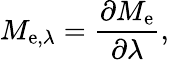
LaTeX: M_{\mathrm{e},\lambda}={\frac{\partial M_{\mathrm{e}}}{\partial\lambda}},